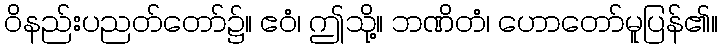
ဝိနည်းပညတ်တော်၌။ ဧဝံ၊ ဤသို့။ ဘဏိတံ၊ ဟောတော်မူပြန်၏။